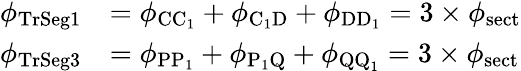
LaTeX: \begin{array}{rl}{\phi_{\mathrm{TrSeg1}}}&{=\phi_{\mathrm{CC_{1}}}+\phi_{\mathrm{C_{1}D}}+\phi_{\mathrm{DD_{1}}}=3\times\phi_{\mathrm{sect}}}\\ {\phi_{\mathrm{TrSeg3}}}&{=\phi_{\mathrm{PP_{1}}}+\phi_{\mathrm{P_{1}Q}}+\phi_{\mathrm{QQ_{1}}}=3\times\phi_{\mathrm{sect}}}\end{array}